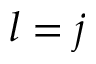
l = j